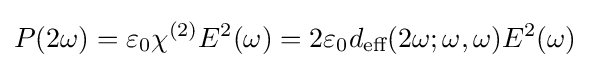
P(2\omega )=\varepsilon _{0}\chi ^{(2)}E^{2}(\omega )=2\varepsilon _{0}d_{\text{eff}}(2\omega ;\omega ,\omega )E^{2}(\omega )